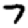
Digit: 7